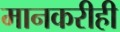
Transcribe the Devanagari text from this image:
मानकरीही